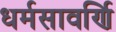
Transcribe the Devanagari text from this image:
धर्मसावर्णि